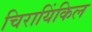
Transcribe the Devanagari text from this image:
चिरायिंकिल